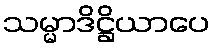
သမ္မာဒိဋ္ဌိယာပေ